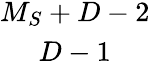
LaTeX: \begin{array}{c}{{M_{S}+D-2}}\\ {{D-1}}\end{array}